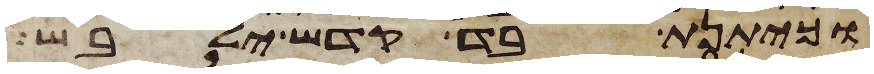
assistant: וכיתנת בד קדש ילבש